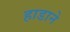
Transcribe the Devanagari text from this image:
हाडाने